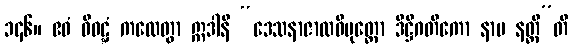
၁၄၆။ ဧဝံ ဝိဝဋ္ဋံ ကထေတွာ ဣဒါနိ “ဒေသနာဇာလဝိမုတ္တော ဒိဋ္ဌိဂတိကော နာမ နတ္ထီ”တိ